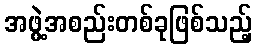
အဖွဲ့အစည်းတစ်ခုဖြစ်သည့်